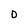
Character: D